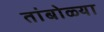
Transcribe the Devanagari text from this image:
तांबोळ्या